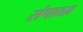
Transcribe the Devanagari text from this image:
संपाठय़